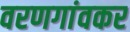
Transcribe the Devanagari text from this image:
वरणगांवकर